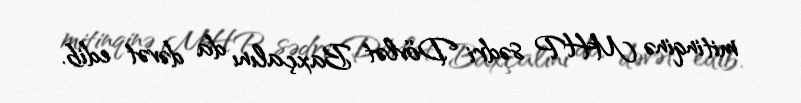
mitinqinə MHP sədri Dövlət Baxçalını da dəvət edib.